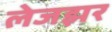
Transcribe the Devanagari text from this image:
लेजझर